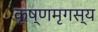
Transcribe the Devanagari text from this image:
कृष्णमृगस्य